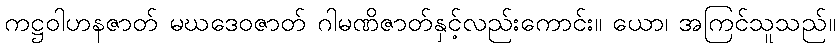
ကဋ္ဌဝါဟနဇာတ် မဃဒေဝဇာတ် ဂါမဏိဇာတ်နှင့်လည်းကောင်း။ ယော၊ အကြင်သူသည်။